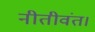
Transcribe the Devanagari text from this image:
नीतीवंत।